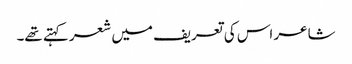
شاعر اس کی تعریف میں شعر کہتے تھے۔